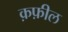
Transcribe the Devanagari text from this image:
क़फ़ील